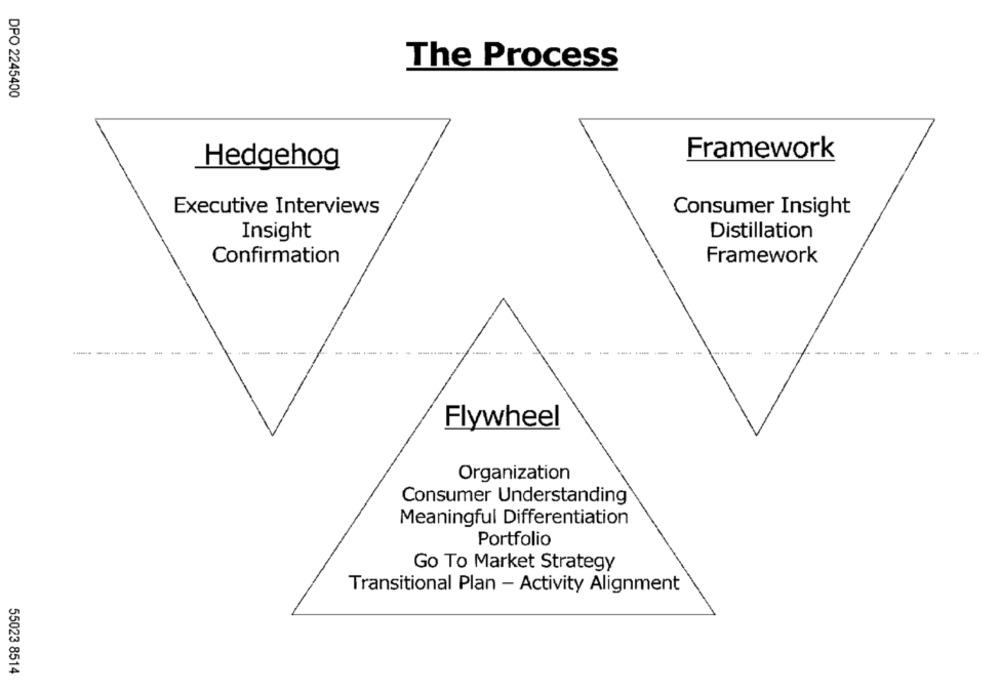
The Process
DPO 2245400
Framework
Hedgehog
Executive Interviews
Consumer Insight
Insight
Distillation
Confirmation
Framework
Flywheel
Organization
Consumer Understanding
Meaningful Differentiation
Portfolio
Go To Market Strategy
Transitional Plan - Activity Alignment
55023 8514